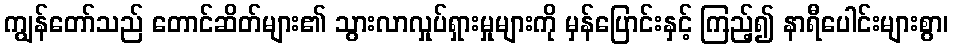
ကျွန်တော်သည် တောင်ဆိတ်များ၏ သွားလာလှုပ်ရှားမှုများကို မှန်ပြောင်းနှင့် ကြည့်၍ နာရီပေါင်းများစွာ၊